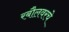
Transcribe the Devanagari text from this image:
रबौलवरचे